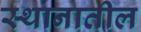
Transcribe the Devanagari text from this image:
स्थानातील